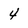
Character: 4